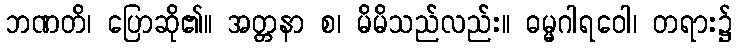
ဘဏတိ၊ ပြောဆို၏။ အတ္တနာ စ၊ မိမိသည်လည်း။ ဓမ္မဂါရဝေါ၊ တရား၌